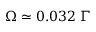
\Omega \simeq 0 . 0 3 2 \; \Gamma